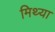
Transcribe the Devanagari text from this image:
मिथ्‍या